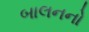
બાલનનો